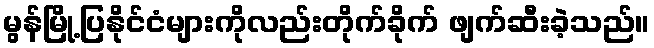
မွန်မြို့ပြနိုင်ငံများကိုလည်းတိုက်ခိုက် ဖျက်ဆီးခဲ့သည်။